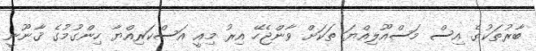
ބާރުތަކުގެ އިސް މަސްއޫލިއްޔަ ތަކަށް ވާންޖެހޭ އިރު މިއީ އަސްކަރިއްޔާ ހިންގުމުގެ ޤާނޫނީ